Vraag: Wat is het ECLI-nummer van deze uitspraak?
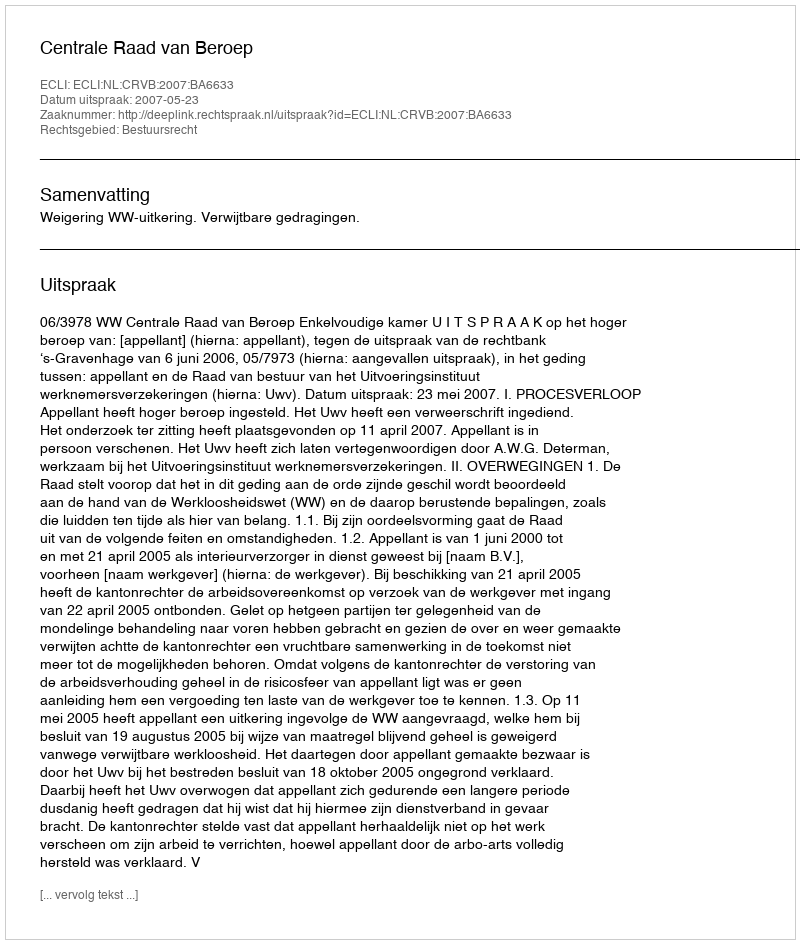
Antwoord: ECLI:NL:CRVB:2007:BA6633